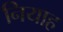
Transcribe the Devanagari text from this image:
नियाह